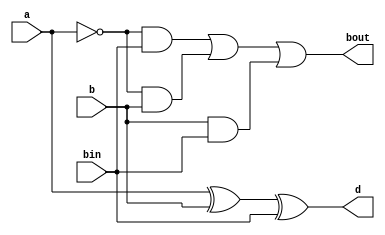
module fullsubtractor(a,b,bin,d,bout);
input a,b,bin;
output d,bout;
assign d=a^b^bin;
assign bout=(!a&bin)|(!a&b)|(b&bin);
endmodule